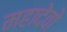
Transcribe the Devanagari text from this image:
महादेवो